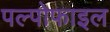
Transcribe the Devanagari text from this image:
पल्पोफाइल